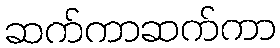
ဆက်ကာဆက်ကာ